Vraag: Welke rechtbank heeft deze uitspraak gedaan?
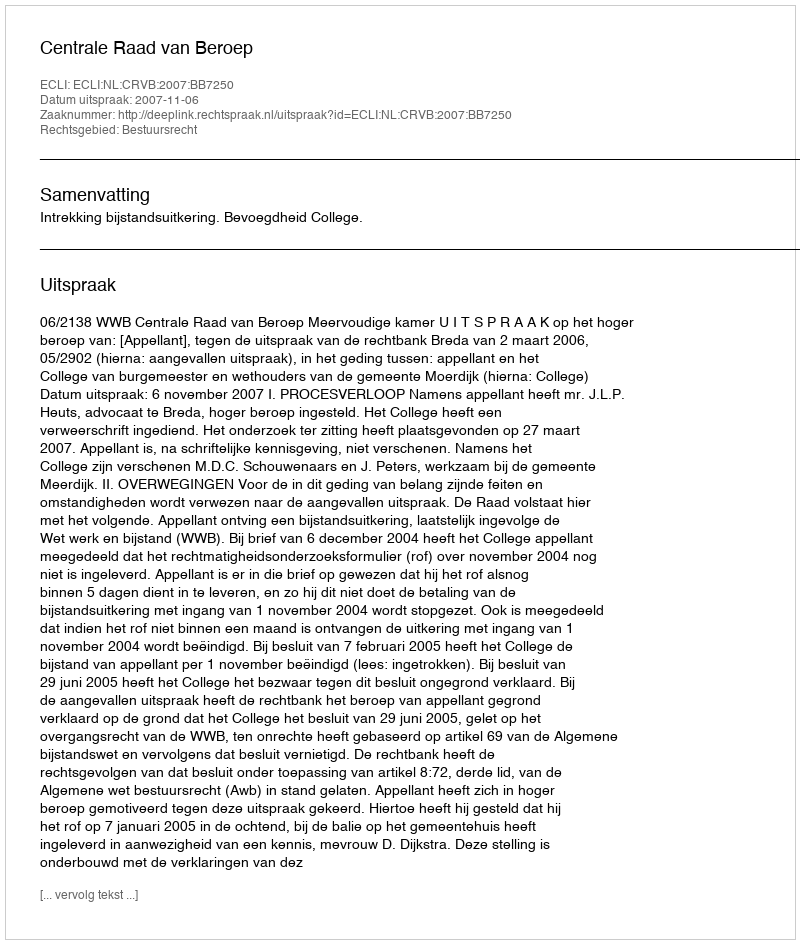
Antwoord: Centrale Raad van Beroep